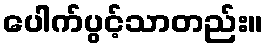
ပေါက်ပွင့်သာတည်း။